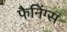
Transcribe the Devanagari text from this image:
फैनिंग्स